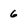
Character: 6